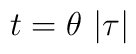
t=\theta \,\left| \tau \right|